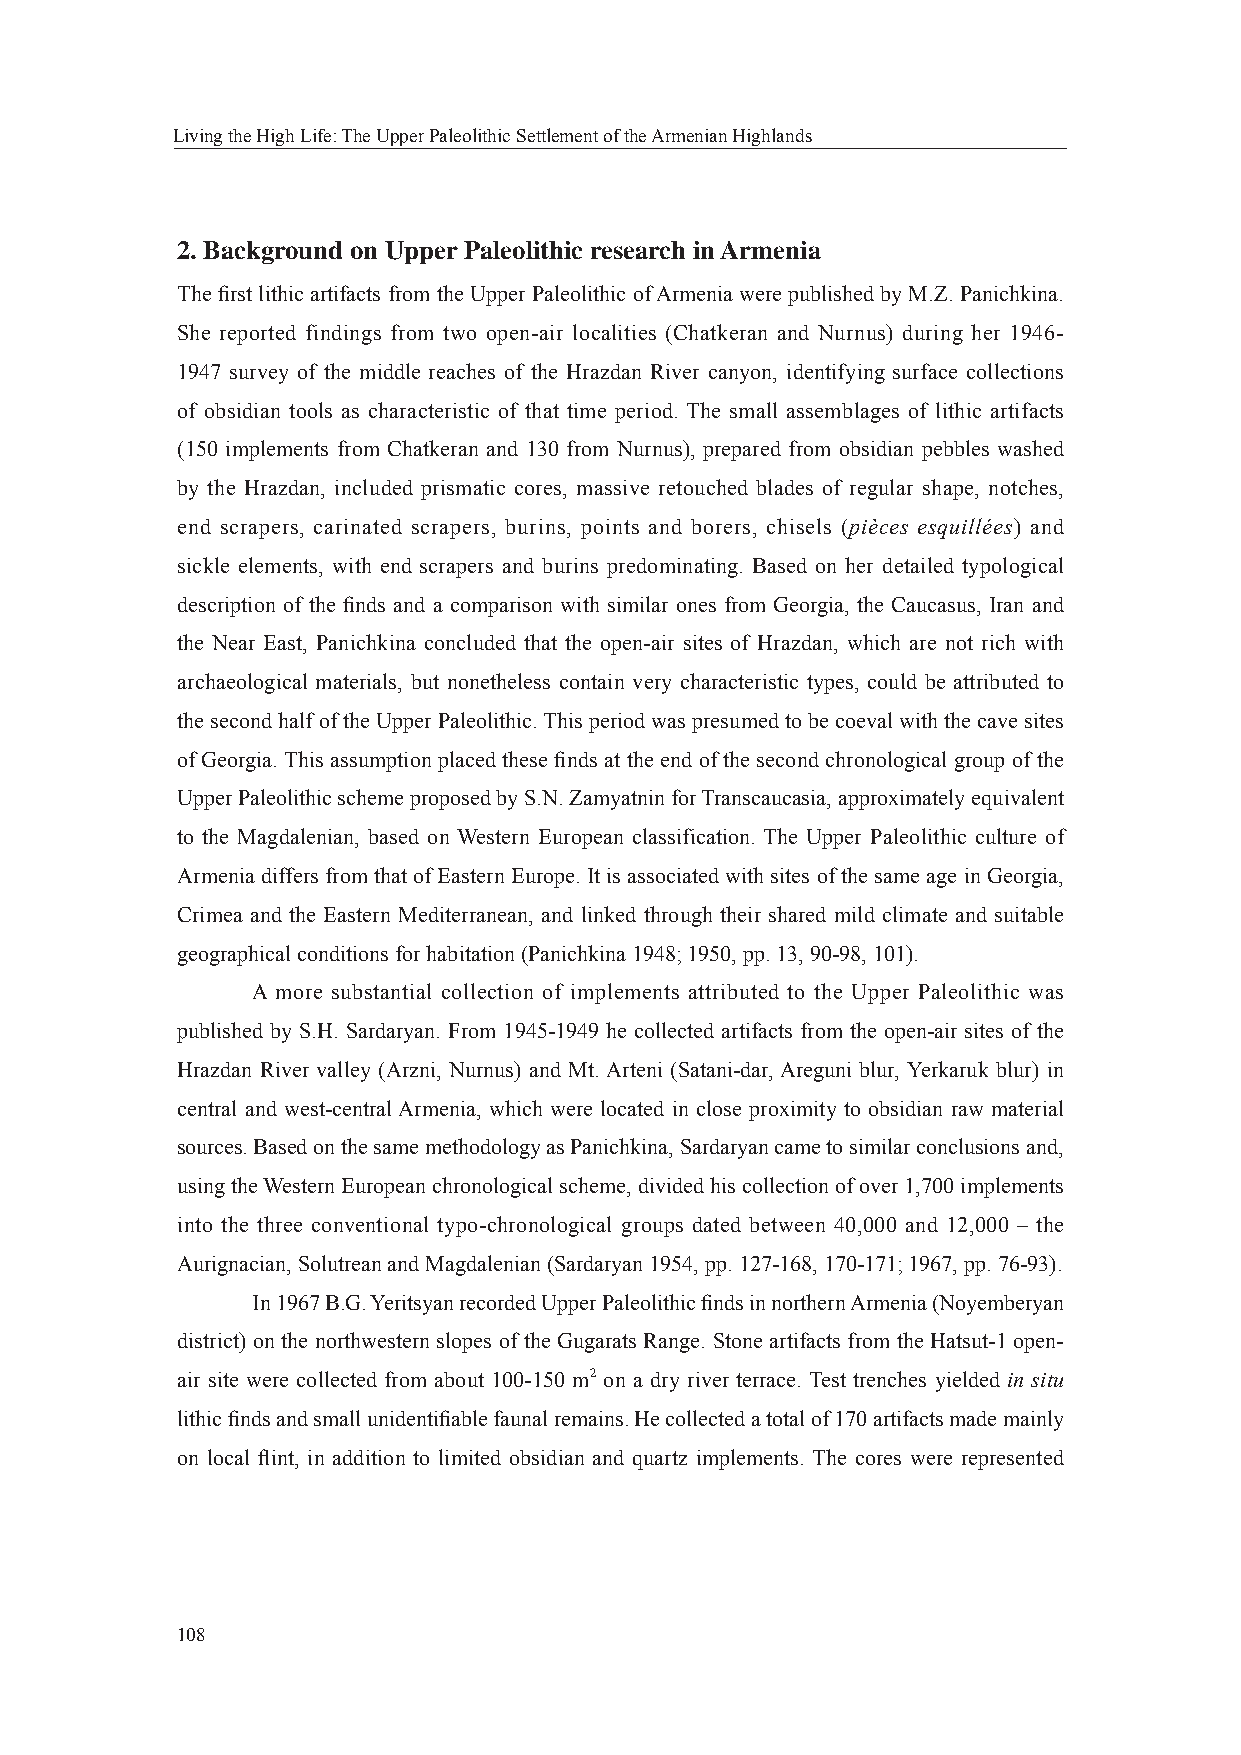
Living the High Life: The Upper Paleolithic Settlement of the Armenian Highlands
 2. Background on Upper Paleolithic research in Armenia
 The fi rst lithic artifacts from the Upper Paleolithic of Armenia were published by M.Z. Panichkina.
 She reported findings from two open-air localities (Chatkeran and Nurnus) during her 1946-
 1947 survey of the middle reaches of the Hrazdan River canyon, identifying surface collections
 of obsidian tools as characteristic of that time period. The small assemblages of lithic artifacts
 (150 implements from Chatkeran and 130 from Nurnus), prepared from obsidian pebbles washed
 by the Hrazdan, included prismatic cores, massive retouched blades of regular shape, notches,
 end scrapers, carinated scrapers, burins, points and borers, chisels (рièсеs esquillées) and
 sickle elements, with end scrapers and burins predominating. Based on her detailed typological
 description of the fi nds and a comparison with similar ones from Georgia, the Caucasus, Iran and
 the Near East, Panichkina concluded that the open-air sites of Hrazdan, which are not rich with
 archaeological materials, but nonetheless contain very characteristic types, could be attributed to
 the second half of the Upper Paleolithic. This period was presumed to be coeval with the cave sites
 of Georgia. This assumption placed these fi nds at the end of the second chronological group of the
 Upper Paleolithic scheme proposed by S.N. Zamyatnin for Transcaucasia, approximately equivalent
 to the Magdalenian, based on Western European classification. The Upper Paleolithic culture of
 Armenia differs from that of Eastern Europe. It is associated with sites of the same age in Georgia,
 Crimea and the Eastern Mediterranean, and linked through their shared mild climate and suitable
 geographical conditions for habitation (Panichkina 1948; 1950, pp. 13, 90-98, 101).
 A more substantial collection of implements attributed to the Upper Paleolithic was
 published by S.H. Sardaryan. From 1945-1949 he collected artifacts from the open-air sites of the
 Hrazdan River valley (Arzni, Nurnus) and Mt. Arteni (Satani-dar, Areguni blur, Yerkaruk blur) in
 central and west-central Armenia, which were located in close proximity to obsidian raw material
 sources. Based on the same methodology as Panichkina, Sardaryan came to similar conclusions and,
 using the Western European chronological scheme, divided his collection of over 1,700 implements
 into the three conventional typo-chronological groups dated between 40,000 and 12,000 – the
 Aurignacian, Solutrean and Magdalenian (Sardaryan 1954, pp. 127-168, 170-171; 1967, pp. 76-93).
 In 1967 B.G. Yeritsyan recorded Upper Paleolithic fi nds in northern Armenia (Noyemberyan
 district) on the northwestern slopes of the Gugarats Range. Stone artifacts from the Hatsut-1 open-
 air site were collected from about 100-150 m2 on a dry river terrace. Test trenches yielded in situ
 lithic fi nds and small unidentifi able faunal remains. He collected a total of 170 artifacts made mainly
 on local fl int, in addition to limited obsidian and quartz implements. The cores were represented
 108